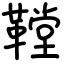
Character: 鞺